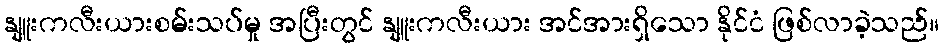
နျူးကလီးယားစမ်းသပ်မှု အပြီးတွင် နျူးကလီးယား အင်အားရှိသော နိုင်ငံ ဖြစ်လာခဲ့သည်။